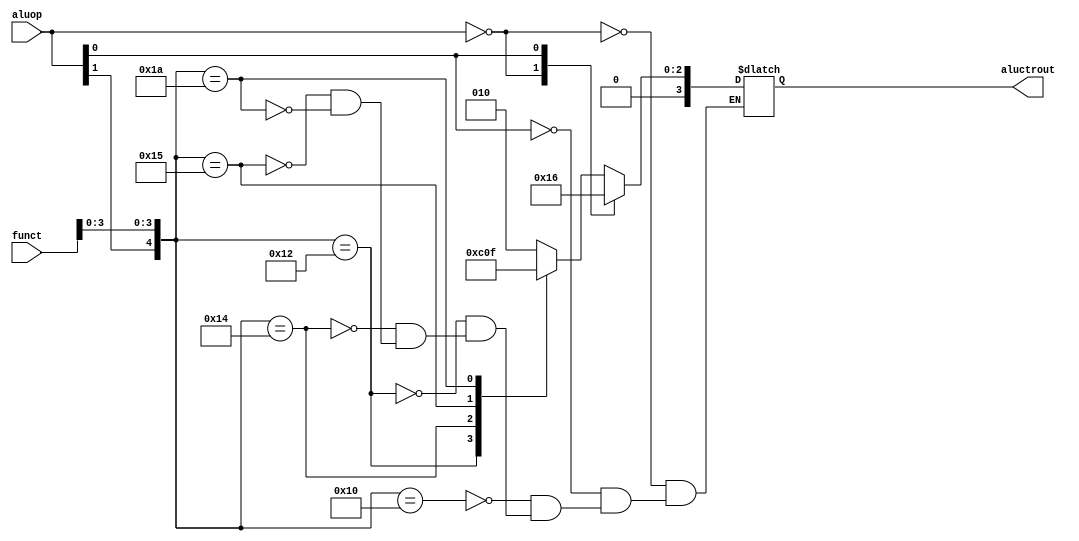
`timescale 1ns / 1ps
//////////////////////////////////////////////////////////////////////////////////
// Company: 
// Engineer: 
// 
// Design Name: 
// Module Name: ALUCtr
// Project Name: 
// Target Devices: 
// Tool Versions: 
// Description: 
// 
// Dependencies: 
// 
// Revision:
// Revision 0.01 - File Created
// Additional Comments:
// 
//////////////////////////////////////////////////////////////////////////////////


module ALUCtr(
    input [1:0] aluop,
    input [5:0] funct,
    output reg [3:0] aluctrout
    );
    always @ (aluop or funct)
    begin
        casex({aluop,funct})
        8'b00xxxxxx:
        aluctrout=4'b0010;
        8'bx1xxxxxx:
        aluctrout=4'b0110;
        8'b1xxx0000:
        aluctrout=4'b0010;
        8'b1xxx0010:
        aluctrout=4'b0110;
        8'b1xxx0100:
        aluctrout=4'b0000;
        8'b1xxx0101:
        aluctrout=4'b0001;
        8'b1xxx1010:
        aluctrout=4'b0111;
      
    endcase
  end
endmodule